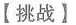
【挑战】